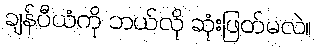
ချန်ပီယံကို ဘယ်လို ဆုံးဖြတ်မလဲ။